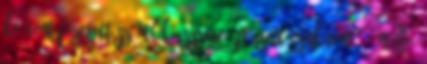
ki nem fizetett számlák összege. Pécsett csaknem 66 millió